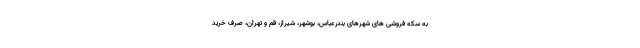
به سکه فروشی های شهرهای بندرعباس، بوشهر، شیراز، قم و تهران، صرف خرید